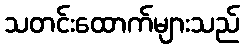
သတင်းထောက်များသည်